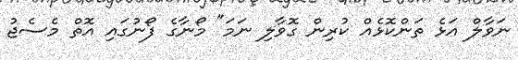
ނަވާލް އަޅެ ތަންކޮޅެއް ކުރިން ގޮވާލި ނަމަ" މޯނާގެ ފޯނުގައި އޮތް މެސެޖު